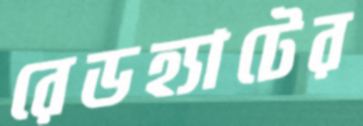
রেডহ্যাটের